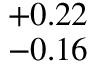
^ { + 0 . 2 2 } _ { - 0 . 1 6 }